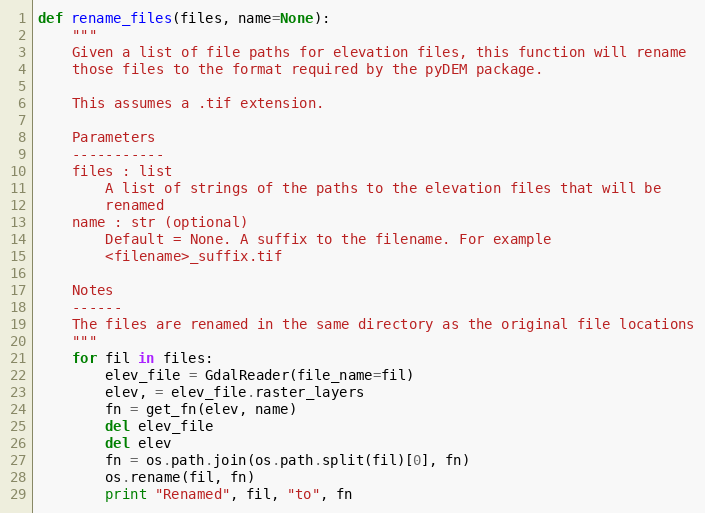
Language: Python
def rename_files(files, name=None):
    """
    Given a list of file paths for elevation files, this function will rename
    those files to the format required by the pyDEM package.

    This assumes a .tif extension.

    Parameters
    -----------
    files : list
        A list of strings of the paths to the elevation files that will be
        renamed
    name : str (optional)
        Default = None. A suffix to the filename. For example
        <filename>_suffix.tif

    Notes
    ------
    The files are renamed in the same directory as the original file locations
    """
    for fil in files:
        elev_file = GdalReader(file_name=fil)
        elev, = elev_file.raster_layers
        fn = get_fn(elev, name)
        del elev_file
        del elev
        fn = os.path.join(os.path.split(fil)[0], fn)
        os.rename(fil, fn)
        print "Renamed", fil, "to", fn